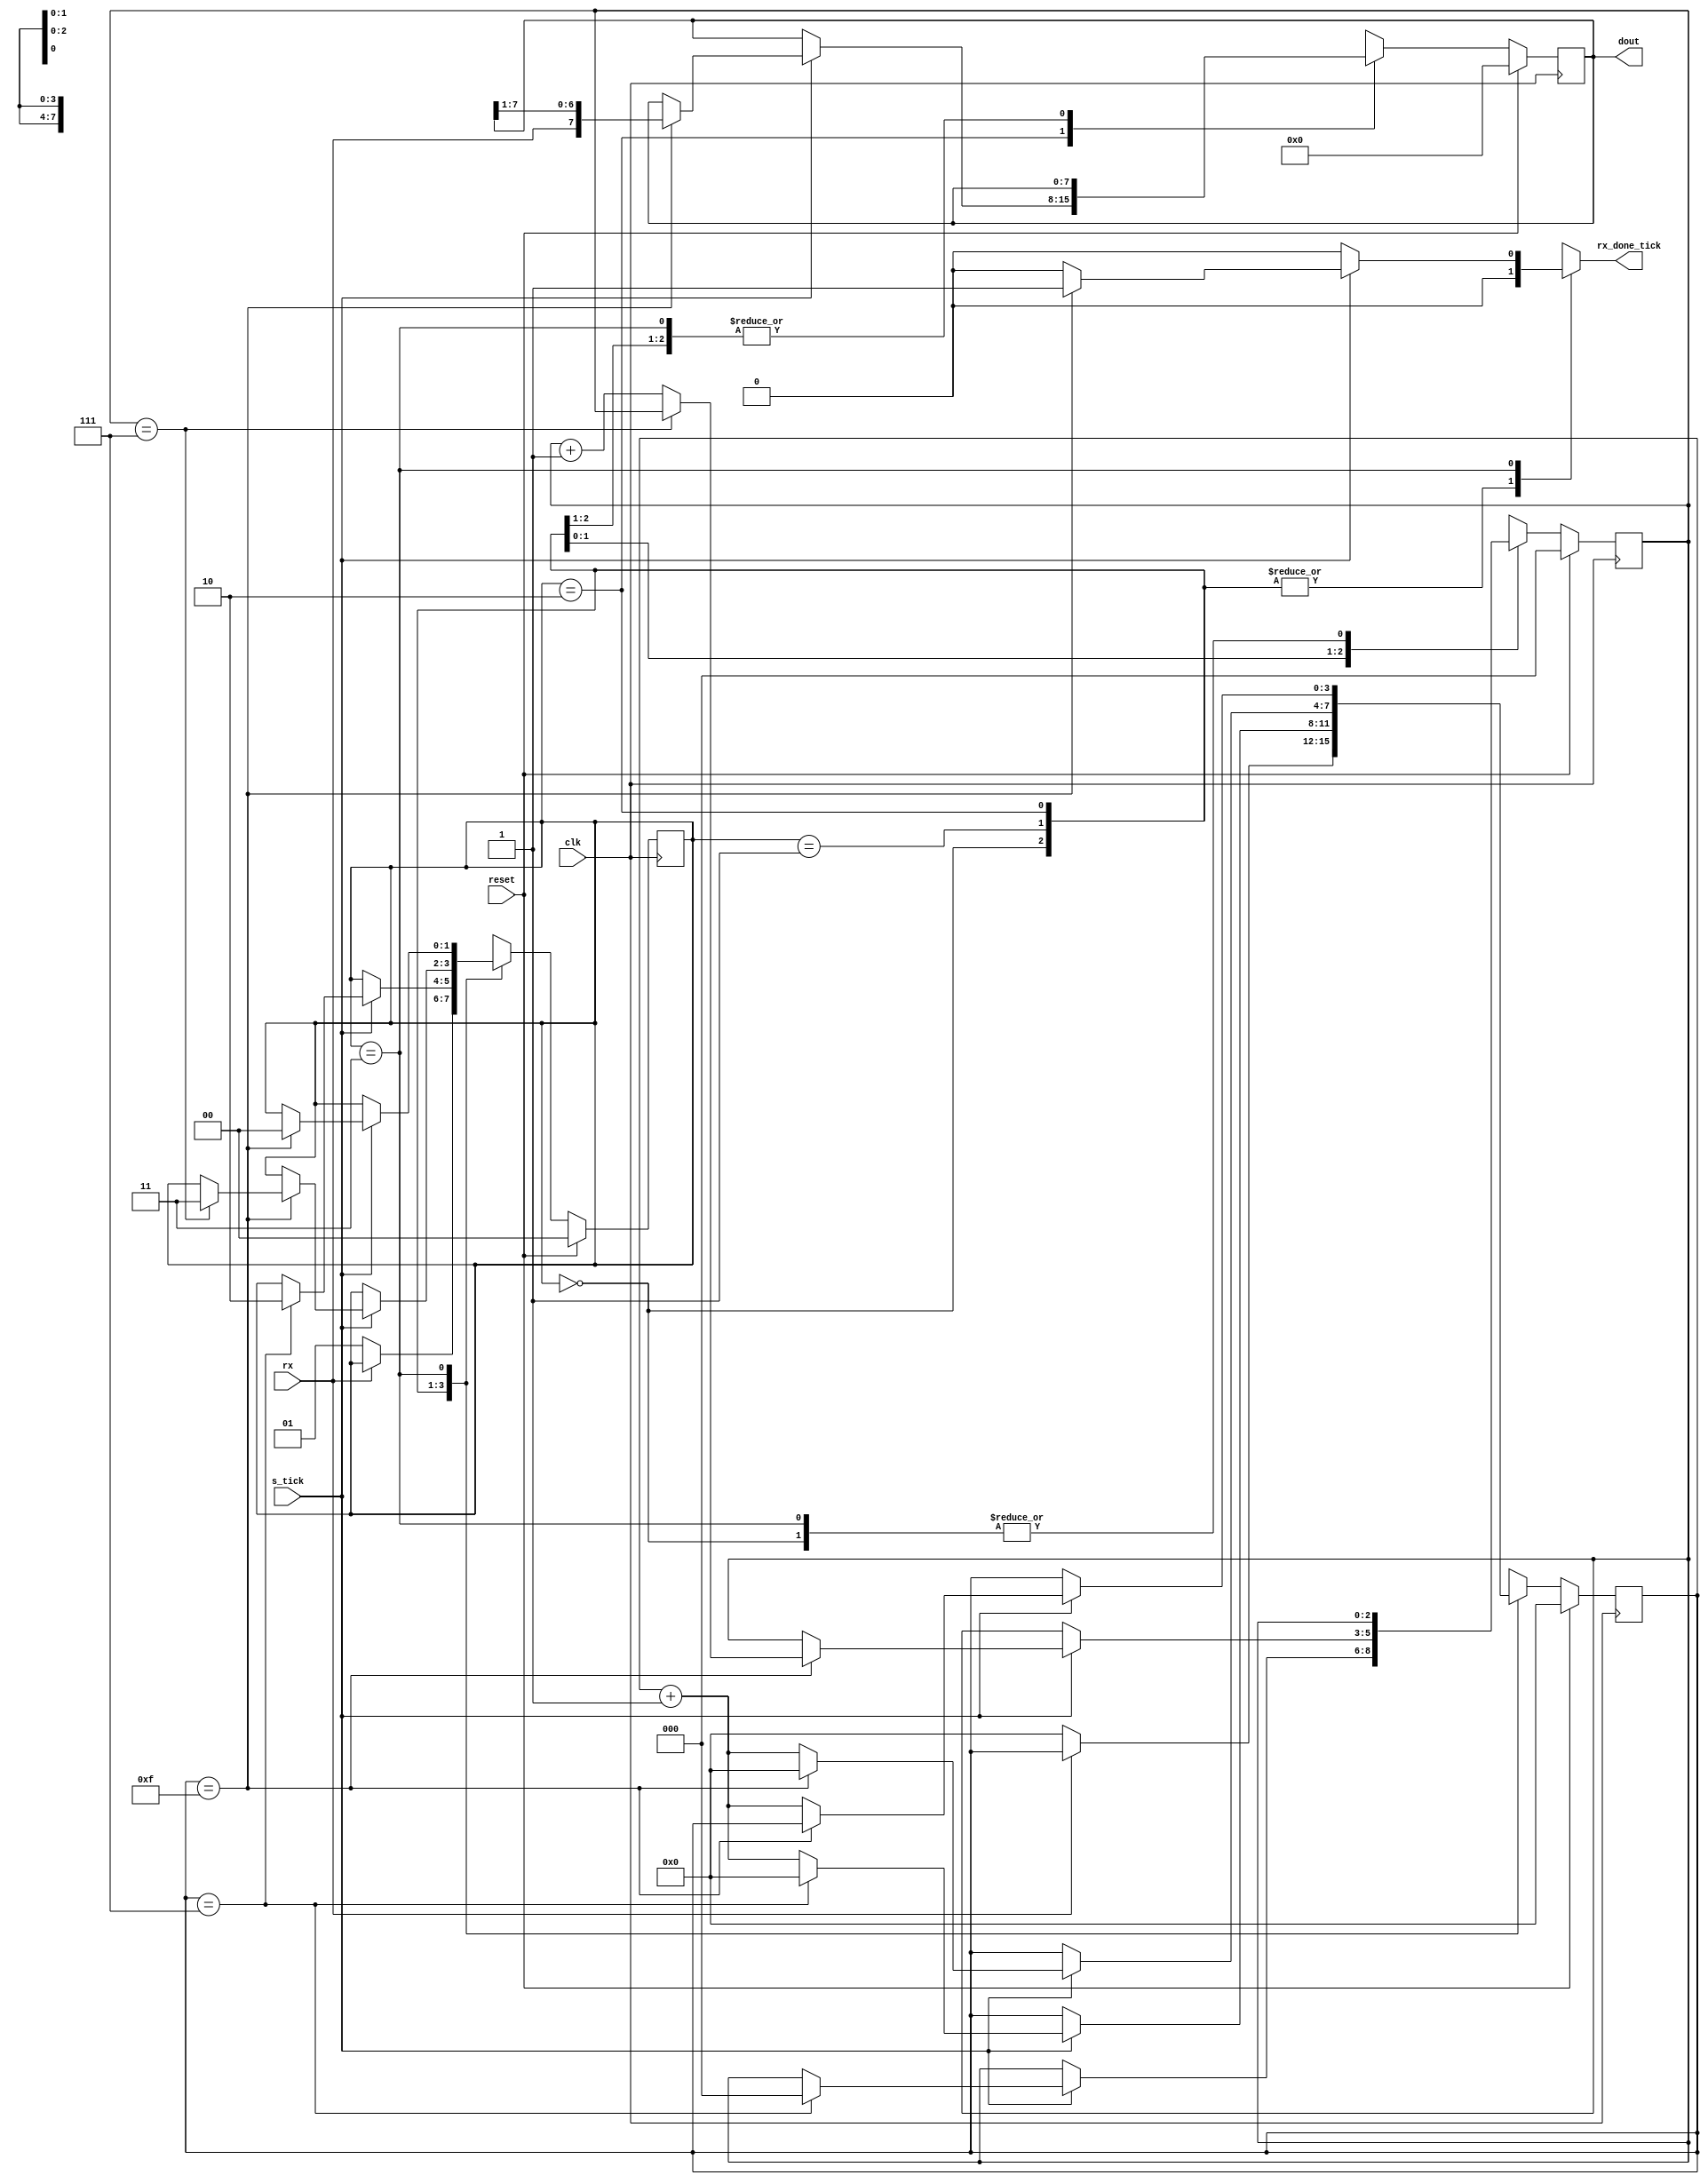
`timescale 1us / 1ns
//////////////////////////////////////////////////////////////////////////////////
// Company: 
// Engineer: 
// 
// Design Name: 
// Module Name:    Uart_Rx 
// Project Name: 
// Target Devices: 
// Tool versions: 
// Description: 
//
// Dependencies: 
//
// Revision: 
// Revision 0.01 - File Created
// Additional Comments: 
//
//////////////////////////////////////////////////////////////////////////////////
module Uart_Rx
#(	parameter DBIT = 8, //#data bits
						parameter SB_TICK = 16 //ticks for stop bits 
					 )
					 ( input  wire  clk, reset, 
						input  wire  rx,  s_tick, 
						output  reg  rx_done_tick, 
						output  wire  [7:0]  dout 
					 );
 
//  symbolic  state  declaration 
localparam  [1:0]
	idle  =  2'b00, 
	start =  2'b01, 
	data  =  2'b10, 
	stop  =  2'b11; 

//  signal  declaration 
reg  [1:0]  state_reg, state_next;
reg  [3:0]  s_reg, s_next; 
reg  [2:0]  n_reg, n_next; 
reg  [7:0]  b_reg, b_next; 

//  bod,v 
//  FSMD  state  &  data  registers 
always  @(posedge clk) 
	if (reset) 
		begin 
			state_reg  <=  idle; //comienzo en idle
			s_reg  <=  0; //contador de ticks
			n_reg  <=  0; //contador de bits
			b_reg  <=  0;//byte a recibir
		end 
	else 
		begin 
			state_reg  <=  state_next ; 
			s_reg  <=  s_next; 
			n_reg  <=  n_next; 
			b_reg  <=  b_next; 
		end 

//  FSMD  next-state  logic 
always  @* 
begin 
	state_next  =  state_reg; 
	rx_done_tick  =  1'b0; 
	s_next  =  s_reg; 
	n_next  =  n_reg; 
	b_next  =  b_reg; 

	case (state_reg) 
		idle:
			if  (~rx) //si el bit rx = 0 (start)
			begin 
				state_next  =  start; //siguiente estado start
				s_next  =  0; //reseteo contador ticks
			end 
		start:
			if  (s_tick) 
				if  (s_reg==7) //cuento ticks hasta la mitad del stop bit
					begin 
						state_next  =  data; //sampleo
						s_next  =  0; //reseteo contador de ticks/bits
						n_next  =  0; 
					end 
				else 
					s_next  =  s_reg  +  1;//contador ticks +1
		data:
			if  (s_tick) 
				if  (s_reg==15) //sampleo cada 16 ticks con desfasaje de 8
					begin 
						s_next  =  0; 
						//desplazo byte a la izq y agrego el bit rx al Lsb
						b_next  =  {rx , b_reg  [7 : 1]} ; 
						if  (n_reg==(DBIT - 1)) //al recibir DBIT's
							state_next  =  stop  ; //defino siguiente estado en stop
						else 
							n_next  =  n_reg  +  1; //contador de bits + 1
					end 
				else 
					s_next  =  s_reg  +  1; //contador de ticks + 1
		stop: 
			if  (s_tick) 
				if  (s_reg == (SB_TICK - 1)) //Cuento ticks de bit de stop
					begin 
						state_next  =  idle;//vuelvo al idle
						rx_done_tick  = 1'b1;//seteo la flag del buff para cargar nuevo dato
					end 
				else 
					s_next  =  s_reg  +  1;//contador de ticks + 1
	endcase

end

//  output 
assign  dout  =  b_reg; 

endmodule